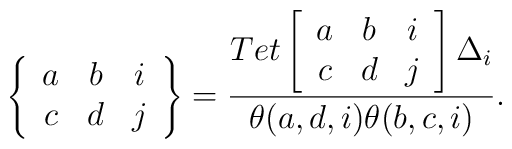
\left\{ \begin{array}{ccc}a & b & i \\c & d & j \\\end{array} \right\} = \frac{Tet\left[ \begin{array}{ccc}a & b & i \\c & d & j \\\end{array} \right] \Delta_i}{\theta (a,d,i) \theta (b,c,i)}.